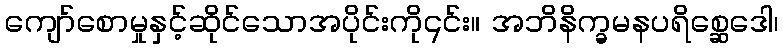
ကျော်စောမှုနှင့်ဆိုင်သောအပိုင်းကို၎င်း။ အဘိနိက္ခမနပရိစ္ဆေဒေါ၊